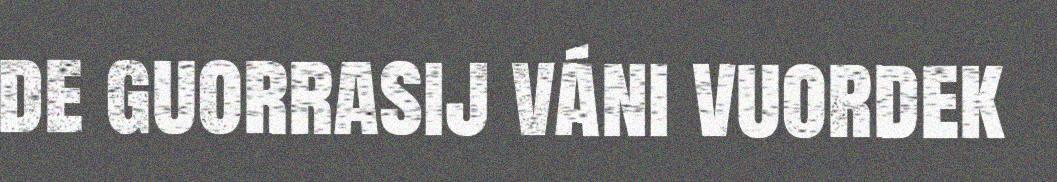
de guorrasij váni vuordek